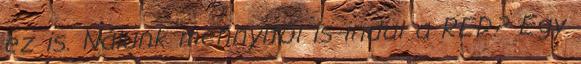
ez is. Nálunk mennyitől is indul a RED? Egy